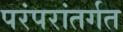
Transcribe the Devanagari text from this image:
परंपरांतर्गत